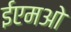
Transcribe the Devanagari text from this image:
ईएमओ